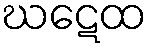
ဃဋေထ